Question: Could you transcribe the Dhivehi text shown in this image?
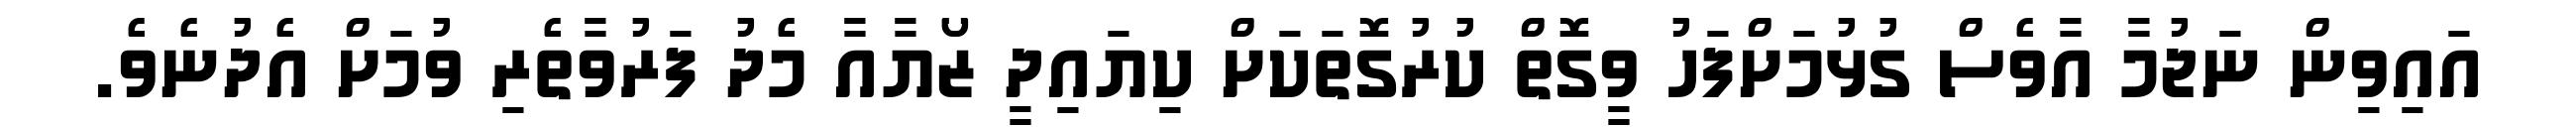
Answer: އައިވިން ނަޖުމާ އާވެސް ގުޅުމަށްފަހު ވީގޮތް ކުރުގޮތަކަށް ކިޔައިދީ ޒޯޔާއާ މެދު ފަރުވާތެރި ވުމަށް އެދުނެވެ.